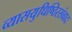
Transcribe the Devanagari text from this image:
व्यासयुधिष्ठिरसंवादः